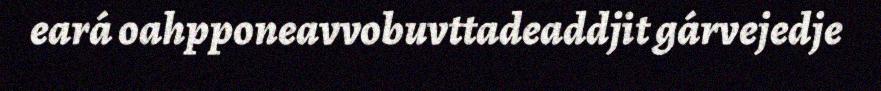
eará oahpponeavvobuvttadeaddjit gárvejedje